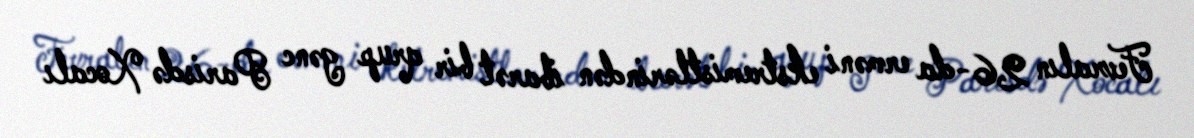
Fevralın 26-da erməni ekstremistlərindən ibarət bir qrup gənc Parisdə Xocalı